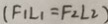
( F _ { 1 } L _ { 1 } = F _ { 2 } L _ { 2 } )